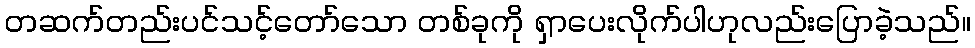
တဆက်တည်းပင်သင့်တော်သော တစ်ခုကို ရှာပေးလိုက်ပါဟုလည်းပြောခဲ့သည်။